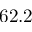
6 2 . 2